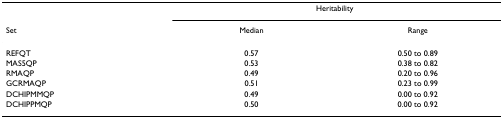
<table><thead><tr><td></td><td colspan="2"><b>Heritability</b></td></tr><tr><td><b>Set</b></td><td><b>Median</b></td><td><b>Range</b></td></tr></thead><tbody><tr><td>REFQT</td><td>0.57</td><td>0.50 to 0.89</td></tr><tr><td>MAS5QP</td><td>0.53</td><td>0.38 to 0.82</td></tr><tr><td>RMAQP</td><td>0.49</td><td>0.20 to 0.96</td></tr><tr><td>GCRMAQP</td><td>0.51</td><td>0.23 to 0.99</td></tr><tr><td>DCHIPMMQP</td><td>0.49</td><td>0.00 to 0.92</td></tr><tr><td>DCHIPPMQP</td><td>0.50</td><td>0.00 to 0.92</td></tr></tbody></table>